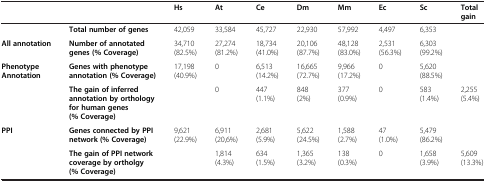
<table><thead><tr><td><b> </b></td><td><b> </b></td><td><b>Hs</b></td><td><b>At</b></td><td><b>Ce</b></td><td><b>Dm</b></td><td><b>Mm</b></td><td><b>Ec</b></td><td><b>Sc</b></td><td><b>Total gain</b></td></tr></thead><tbody><tr><td> </td><td><b>Total number of genes</b></td><td>42,059</td><td>33,584</td><td>45,727</td><td>22,930</td><td>57,992</td><td>4,497</td><td>6,353</td><td> </td></tr><tr><td><b>All annotation</b></td><td><b>Number of annotated genes (% Coverage)</b></td><td>34,710 (82.5%)</td><td>27,274 (81.2%)</td><td>18,734 (41.0%)</td><td>20,106 (87.7%)</td><td>48,128 (83.0%)</td><td>2,531 (56.3%)</td><td>6,303 (99.2%)</td><td> </td></tr><tr><td rowspan="2"><b>Phenotype Annotation</b></td><td><b>Genes with phenotype annotation (% Coverage)</b></td><td>17,198 (40.9%)</td><td>0</td><td>6,513 (14.2%)</td><td>16,665 (72.7%)</td><td>9,966 (17.2%)</td><td>0</td><td>5,620 (88.5%)</td><td> </td></tr><tr><td><b>The gain of inferred annotation by orthology for human genes (% Coverage)</b></td><td> </td><td>0</td><td>447 (1.1%)</td><td>848 (2%)</td><td>377 (0.9%)</td><td>0</td><td>583 (1.4%)</td><td>2,255 (5.4%)</td></tr><tr><td rowspan="2"><b>PPI</b></td><td><b>Genes connected by PPI network (% Coverage)</b></td><td>9,621 (22.9%)</td><td>6,911 (20,6%)</td><td>2,681 (5.9%)</td><td>5,622 (24.5%)</td><td>1,588 (2.7%)</td><td>47 (1.0%)</td><td>5,479 (86.2%)</td><td> </td></tr><tr><td><b>The gain of PPI network coverage by ortholgy (% Coverage)</b></td><td> </td><td>1,814 (4.3%)</td><td>634 (1.5%)</td><td>1,365 (3.2%)</td><td>138 (0.3%)</td><td>0</td><td>1,658 (3.9%)</td><td>5,609 (13.3%)</td></tr></tbody></table>